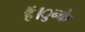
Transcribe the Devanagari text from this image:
हैं।ुन्के